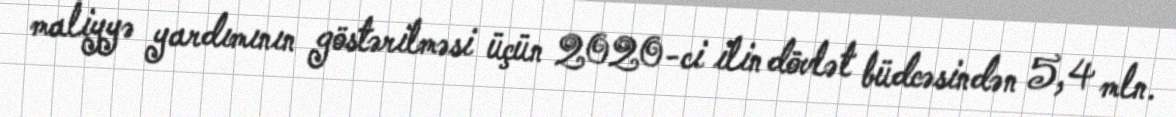
maliyyə yardımının göstərilməsi üçün 2020-ci ilin dövlət büdcəsindən 5,4 mln.